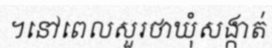
។នៅពេលសួរថាឃុំសង្កាត់